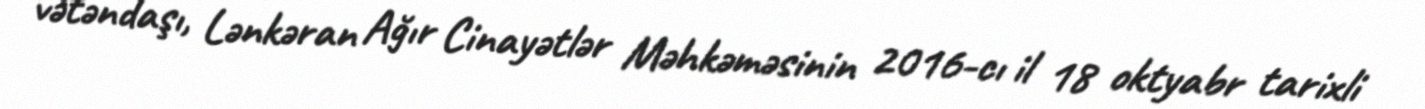
vətəndaşı, Lənkəran Ağır Cinayətlər Məhkəməsinin 2016-cı il 18 oktyabr tarixli